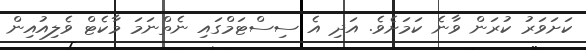
ކަށަވަރު ކުރަން ވާނެ ކަމަށެވެ. އަދި އެ ސިސްޓަމްގައި ނެތްނަމަ މާކެޓް ވެލިއުއިން